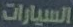
السيارات